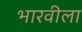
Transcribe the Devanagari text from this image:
भारवीला